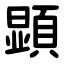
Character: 顕